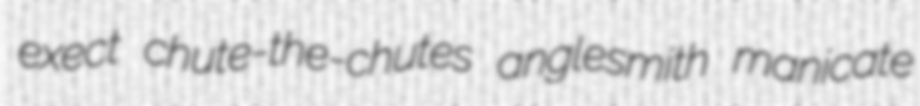
exect chute-the-chutes anglesmith manicate